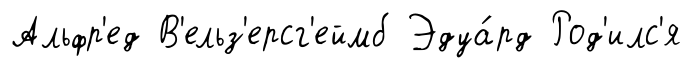
Альфр'ед В'ельз'ерсг'еймб Эдуа́рд Род'илс'я